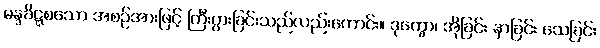
မန္ဒခိဋ္ဋစသော အစဉ်အားဖြင့် ကြီးပွားခြင်းသည်လည်းကောင်း။ ဒုက္ခော၊ အိုခြင်း နာခြင်း သေခြင်း